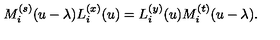
M _ { i } ^ { ( s ) } ( u - \lambda ) L _ { i } ^ { ( x ) } ( u ) = L _ { i } ^ { ( y ) } ( u ) M _ { i } ^ { ( t ) } ( u - \lambda ) .